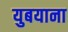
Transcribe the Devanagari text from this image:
युबयाना